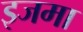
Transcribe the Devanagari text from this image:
इजमा